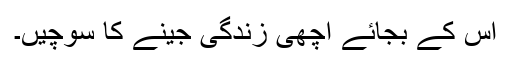
اس کے بجائے اچھی زندگی جینے کا سوچیں۔